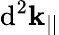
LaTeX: \mathrm{d}^{2}\mathbf{k}_{||}